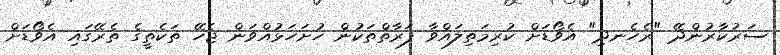
ސަރުކާރުންދޭ "ރެހެނދި" އެވޯޑަށް ކުރިމަތިލައްވާ ފަރާތްތަކުން ހުށަހަޅުއްވަން ޖެހޭ ތަކެތީގެ ތެރޭގައި އެވޯޑަށް